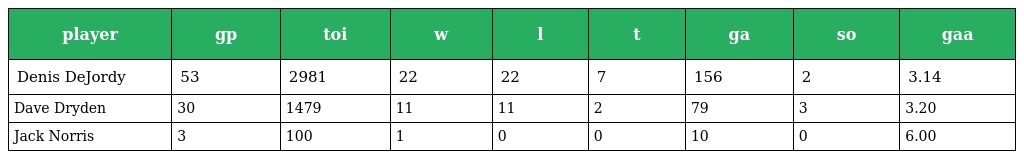
| player | gp | toi | w | l | t | ga | so | gaa |
 | --- | --- | --- | --- | --- | --- | --- | --- | --- |
 | Denis DeJordy | 53 | 2981 | 22 | 22 | 7 | 156 | 2 | 3.14 |
 | Dave Dryden | 30 | 1479 | 11 | 11 | 2 | 79 | 3 | 3.20 |
 | Jack Norris | 3 | 100 | 1 | 0 | 0 | 10 | 0 | 6.00 |